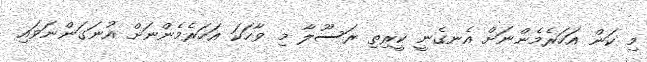
މި ކަން އަހަރެމެންނަށް އެނގެނީ ކީރިތި ރަސޫލާ މި ވާހަކަ އަހަރެމެންނަށް އުނަގަންނަވައި